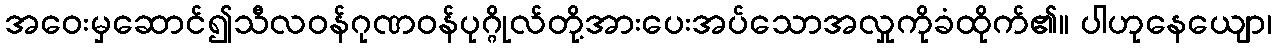
အဝေးမှဆောင်၍သီလဝန်ဂုဏဝန်ပုဂ္ဂိုလ်တို့အားပေးအပ်သောအလှုကိုခံထိုက်၏။ ပါဟုနေယျော၊